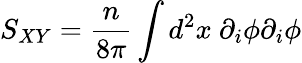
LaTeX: S_{XY}=\frac{n}{8\pi}\int d^{2}x~\partial_{i}\phi\partial_{i}\phi